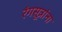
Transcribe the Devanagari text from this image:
रंगसूत्रांना